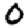
Digit: 0